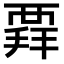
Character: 𧟲